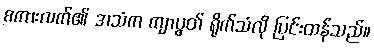
စကားလက်၏ အသံက ကျာပွတ် ရိုက်သံလို ပြင်းထန်သည်။